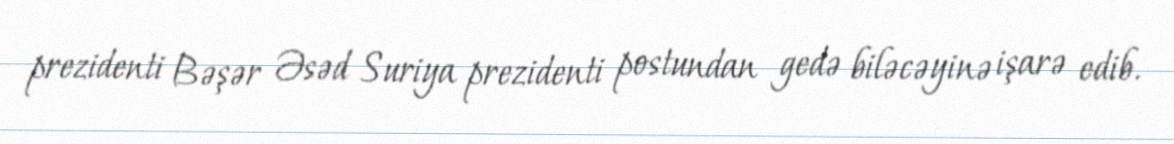
prezidenti Bəşər Əsəd Suriya prezidenti postundan gedə biləcəyinə işarə edib.